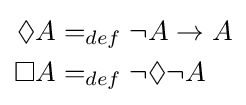
{\begin{aligned}\Diamond A&=_{def}\neg A\rightarrow A\\\Box A&=_{def}\neg \Diamond \neg A\end{aligned}}